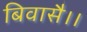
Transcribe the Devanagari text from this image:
बिवासै।।